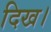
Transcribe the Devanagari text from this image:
दिख।